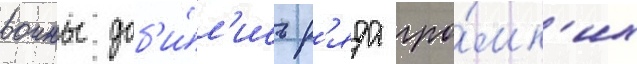
воины доб'и́л'ись р'яда гро́мк'их